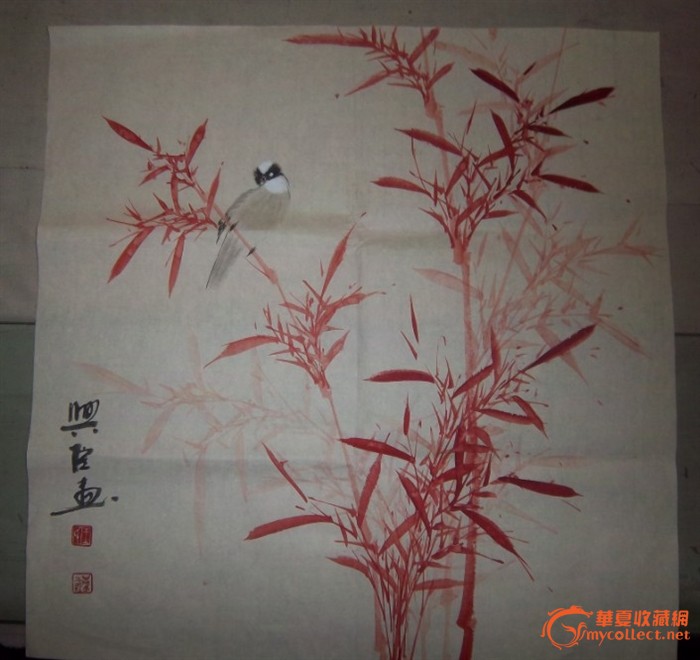
草木摇杀气，星辰无光彩。